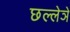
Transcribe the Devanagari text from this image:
छल्लेञे